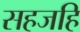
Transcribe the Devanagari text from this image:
सहजहि